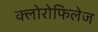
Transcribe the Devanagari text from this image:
क्लोरोफिलेज